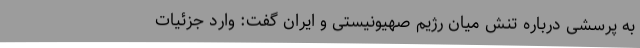
به پرسشی درباره تنش میان رژیم صهیونیستی و ایران گفت: وارد جزئیات